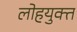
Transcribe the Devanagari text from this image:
लोहयुक्त